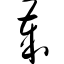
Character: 岁